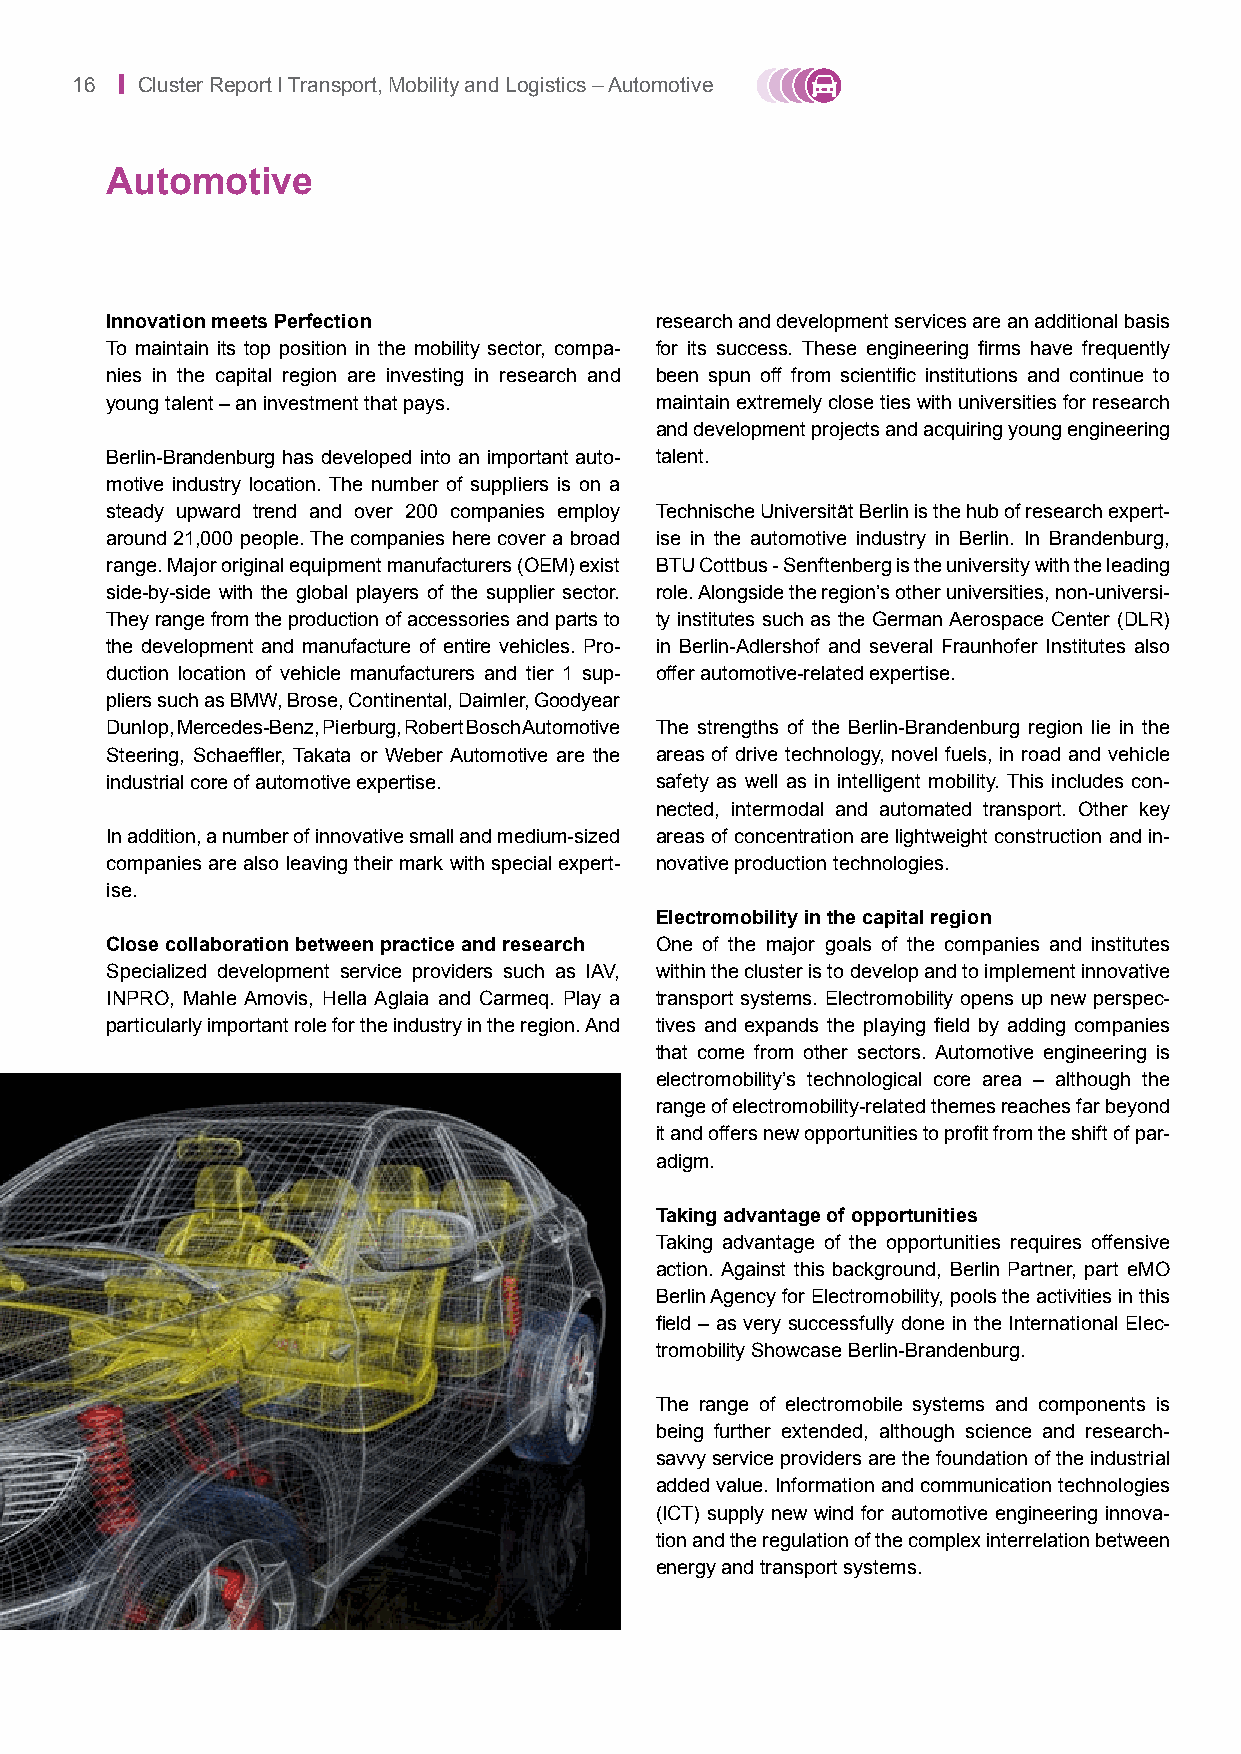
16 | Cluster Report I Transport, Mobility and Logistics – Automotive
 Automotive
 Innovation meets Perfection         research and development services are an additional basis
 To maintain its top position in the mobility sector, compa- for its success. These engineering firms have frequently
 nies in the capital region are investing in research and been spun off from scientific institutions and continue to
 young talent – an investment that pays. maintain extremely close ties with universities for research
 and development projects and acquiring young engineering
 Berlin-Brandenburg has developed into an important auto- talent.
 motive industry location. The number of suppliers is on a
 steady upward trend and over 200 companies employ Technische Universität Berlin is the hub of research expert-
 around 21,000 people. The companies here cover a broad ise in the automotive industry in Berlin. In Brandenburg,
 range. Major original equipment manufacturers (OEM) exist BTU Cottbus - Senftenberg is the university with the leading
 side-by-side with the global players of the supplier sector. role. Alongside the region’s other universities, non-universi-
 They range from the production of accessories and parts to ty institutes such as the German Aerospace Center (DLR)
 the development and manufacture of entire vehicles. Pro- in Berlin-Adlershof and several Fraunhofer Institutes also
 duction location of vehicle manufacturers and tier 1 sup- offer automotive-related expertise.
 pliers such as BMW, Brose, Continental, Daimler, G oodyear
 Dunlop, Mercedes-Benz, Pierburg, Robert Bosch Automotive The strengths of the Berlin-Brandenburg region lie in the
 Steering, Schaeffler, Takata or Weber Automotive are the areas of drive technology, novel fuels, in road and vehicle
 industrial core of automotive expertise. safety as well as in intelligent mobility. This includes con-
 nected, intermodal and automated transport. Other key
 In addition, a number of innovative small and medium-sized areas of concentration are lightweight construction and in-
 companies are also leaving their mark with special expert- novative production technologies.
 ise.
 Electromobility in the capital region
 Close collaboration between practice and research One of the major goals of the companies and institutes
 Specialized development service providers such as IAV, within the cluster is to develop and to implement innovative
 INPRO, Mahle Amovis, Hella Aglaia and Carmeq. Play a transport systems. Electromobility opens up new perspec-
 particularly important role for the industry in the region. And tives and expands the playing field by adding companies
 that come from other sectors. Automotive engineering is
 electromobility’s technological core area – although the
 range of electromobility-related themes reaches far beyond
 it and offers new opportunities to profit from the shift of par-
 adigm.
 Taking advantage of opportunities
 Taking advantage of the opportunities requires offensive
 action. Against this background, Berlin Partner, part eMO
 Berlin Agency for Electromobility, pools the activities in this
 field – as very successfully done in the International Elec-
 tromobility Showcase Berlin-Brandenburg.
 The range of electromobile systems and components is
 being further extended, although science and research-
 savvy service providers are the foundation of the industrial
 added value. Information and communication technologies
 (ICT) supply new wind for automotive engineering innova-
 tion and the regulation of the complex interrelation between
 energy and transport systems.